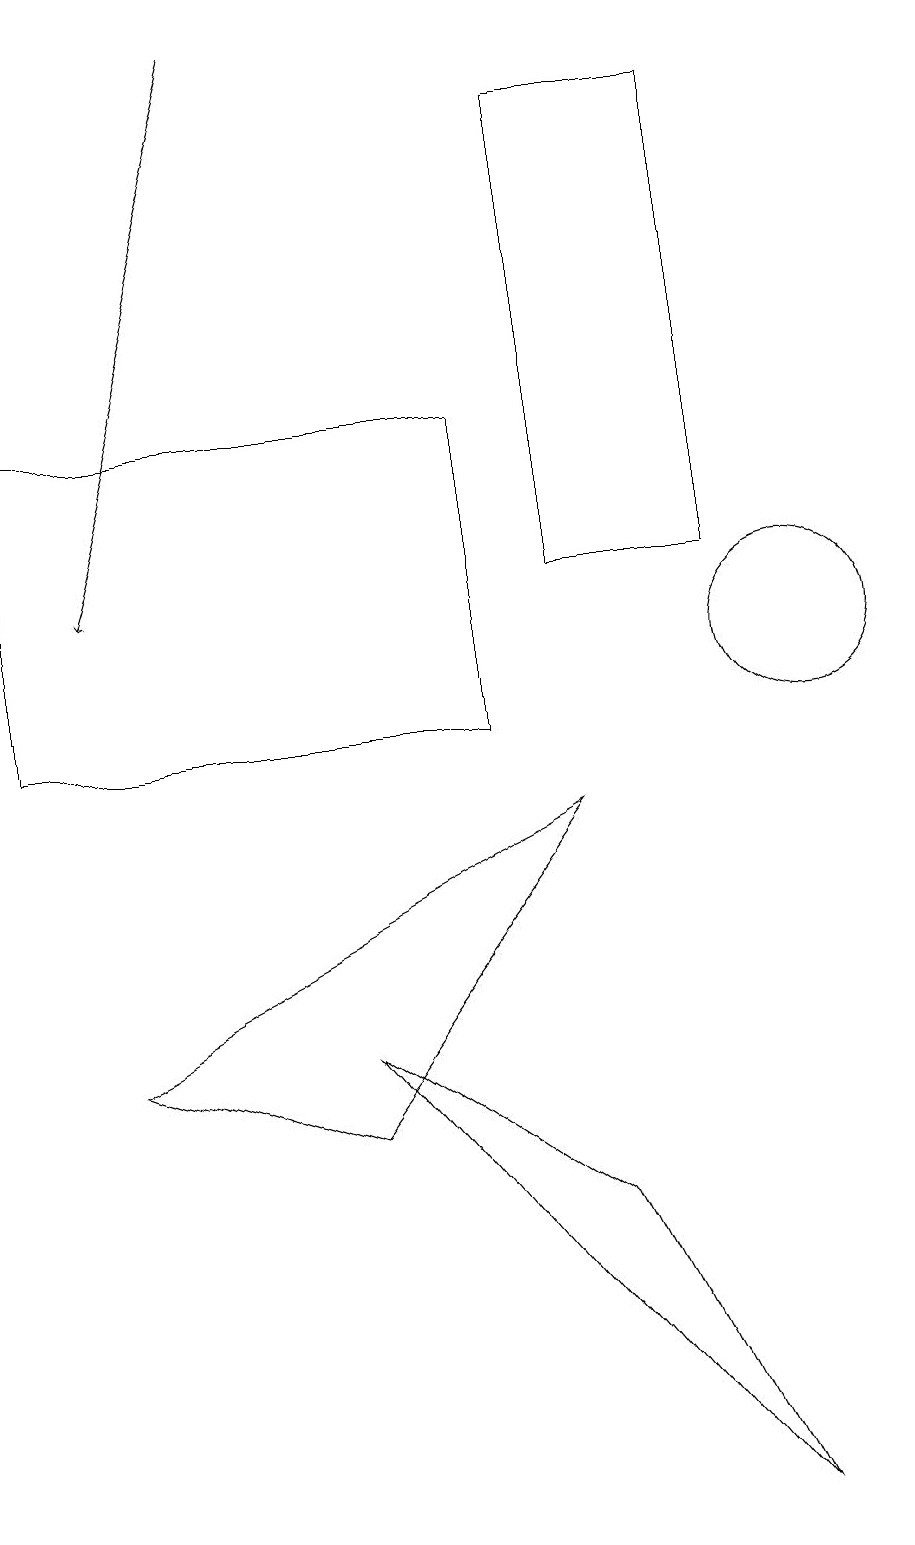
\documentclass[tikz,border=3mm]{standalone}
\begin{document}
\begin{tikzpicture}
\draw (7,9) -- (4,5) -- (1,6) -- cycle;
\draw[->] (3,19) -- (1,12);
\draw (9,18) rectangle (7,12);
\draw (4,6) -- (7,4) -- (9,0) -- cycle;
\draw (10,11) circle (1);
\draw (0,10) rectangle (6,14);
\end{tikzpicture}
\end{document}